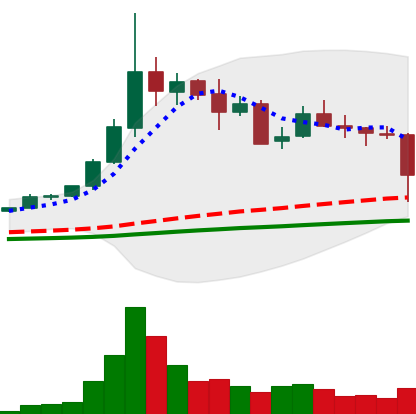
Ticker: ETC-USD
Chart end date: 2021-05-19
Forward return: 22.121%
Label: up_7plus